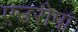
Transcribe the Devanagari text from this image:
एउरोपा